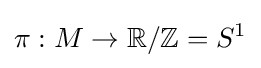
\pi :M\rightarrow \mathbb {R} /\mathbb {Z} =S^{1}